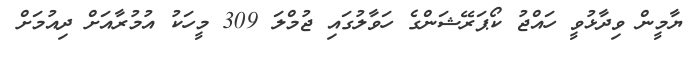
ޔާމީން ވިދާޅުވީ ހައްޖު ކޯޕަރޭޝަންގެ ހަވާލުގައި ޖުމްލަ 309 މީހަކު އުމުރާއަށް ދިއުމަށް